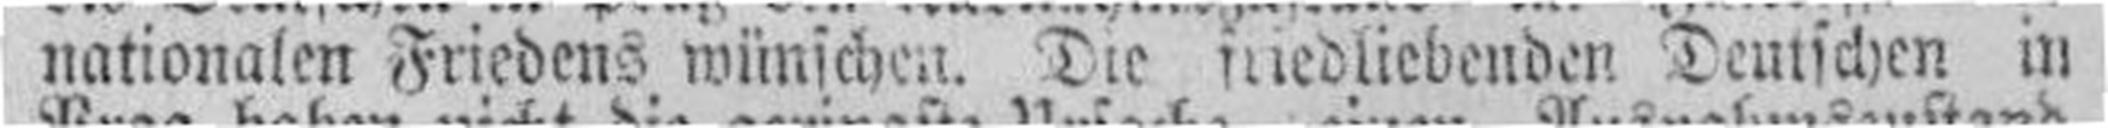
nationalen Friedens wünichen. Die mniedliebenden Deutschen in